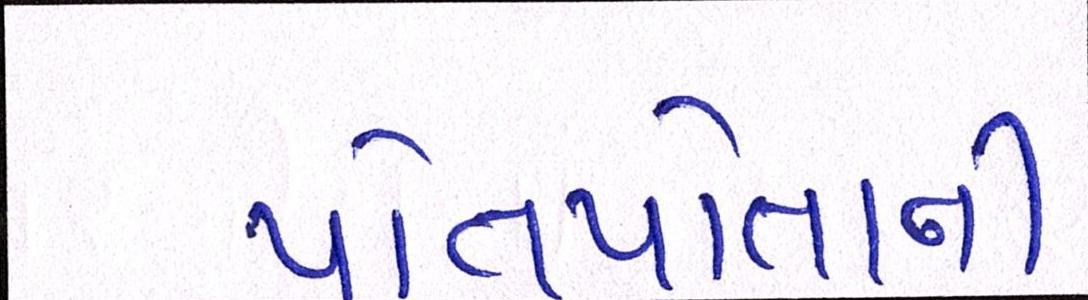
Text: પોતપોતાની